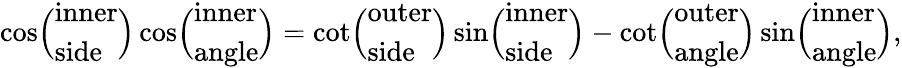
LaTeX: \cos\! {\Bigl(}{\begin{array}{l}{{\mathrm{inner}}}\\ {{\mathrm{side}}}\end{array}}{\Bigr)}\cos\! {\Bigl(}{\begin{array}{l}{{\mathrm{inner}}}\\ {{\mathrm{angle}}}\end{array}}{\Bigr)}=\cot\! {\Bigl(}{\begin{array}{l}{{\mathrm{outer}}}\\ {{\mathrm{side}}}\end{array}}{\Bigr)}\sin\! {\Bigl(}{\begin{array}{l}{{\mathrm{inner}}}\\ {{\mathrm{side}}}\end{array}}{\Bigr)}-\cot\! {\Bigl(}{\begin{array}{l}{{\mathrm{outer}}}\\ {{\mathrm{angle}}}\end{array}}{\Bigr)}\sin\! {\Bigl(}{\begin{array}{l}{{\mathrm{inner}}}\\ {{\mathrm{angle}}}\end{array}}{\Bigr)},